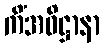
ကိံအဓိဋ္ဌာနာ